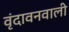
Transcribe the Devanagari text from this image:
वृंदावनवाली